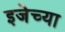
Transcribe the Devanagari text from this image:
इजेच्या